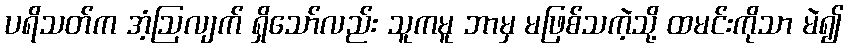
ပရိသတ်က အံ့ဩလျက် ရှိသော်လည်း သူကမူ ဘာမှ မဖြစ်သကဲ့သို့ ထမင်းကိုသာ မဲ၍